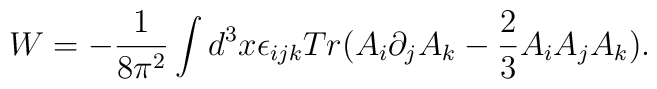
W = -\frac{1}{8\pi^2}\int d^3x \epsilon_{ijk} Tr(A_i\partial_j A_k - \frac{2}{3}A_iA_jA_k).